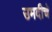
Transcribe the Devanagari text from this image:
उमदीचे